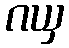
ဂယှ